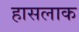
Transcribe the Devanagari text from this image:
हासलाक